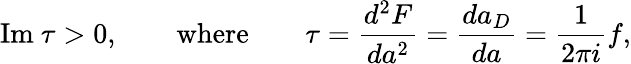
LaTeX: \mathrm{Im}\ \tau>0,\qquad\mathrm{where}\qquad\tau=\frac{d^{2}F}{da^{2}}=\frac{da_{D}}{da}=\frac{1}{2\pi i}f,